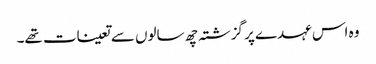
وہ اس عہدے پر گزشتہ چھ سالوں سے تعینات تھے۔